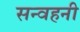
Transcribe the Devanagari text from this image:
सन्वहनी